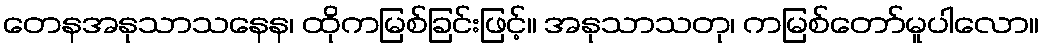
တေနအနုသာသနေန၊ ထိုကမြစ်ခြင်းဖြင့်။ အနုသာသတု၊ ကမြစ်တော်မူပါလော။